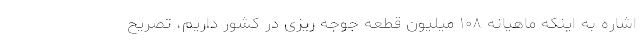
اشاره به اینکه ماهیانه ۱۰۸ میلیون قطعه جوجه ریزی در کشور داریم، تصریح